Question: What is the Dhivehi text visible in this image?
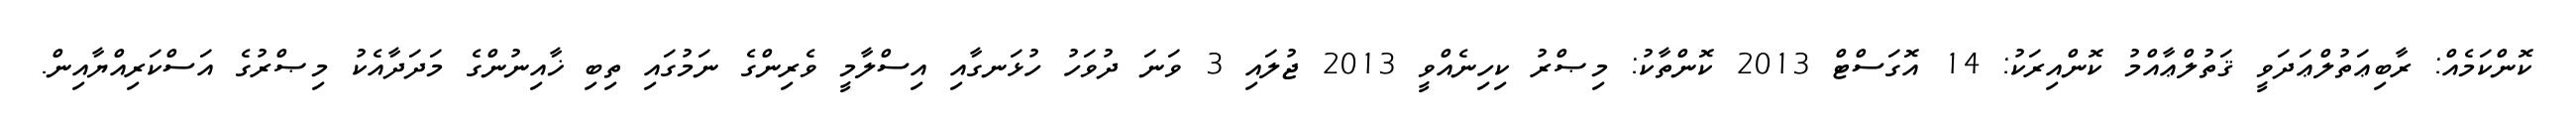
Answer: ކޮންކަމެއް: ރާބިޢަތުލްޢަދަވީ ޤަތުލްޢާއްމު ކޮންއިރަކު: 14 އޮގަސްޓް 2013 ކޮންތާކު: މިޞްރު ކިހިނެއްވީ 2013 ޖުލައި 3 ވަނަ ދުވަހު ހުޅަނގާއި އިސްލާމީ ވެރިންގެ ނަމުގައި ތިބި ޚާއިނުންގެ މަދަދާއެކު މިޞްރުގެ އަސްކަރިއްޔާއިން.